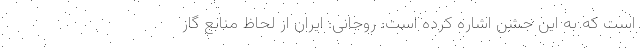
است که به این جشن اشاره کرده است: روحانی: ایران از لحاظ منابع گاز